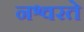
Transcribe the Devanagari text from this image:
नश्वरते